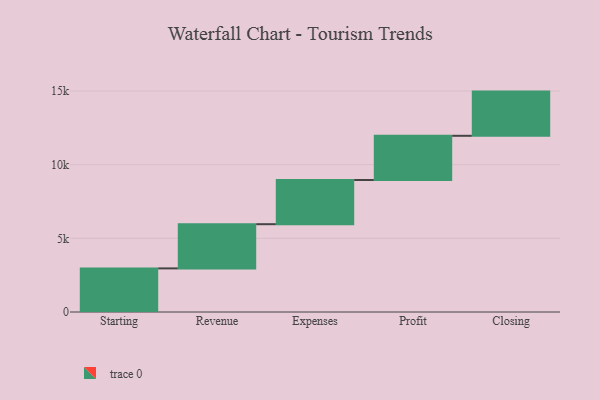
{"axis": {"x": "Step", "y": "Value"}, "legend": [""], "data": [{"x": "Starting", "y": 2960.0, "type": ""}, {"x": "Revenue", "y": 3000, "type": ""}, {"x": "Expenses", "y": 3000, "type": ""}, {"x": "Profit", "y": 3000, "type": ""}, {"x": "Closing", "y": 3000, "type": ""}]}